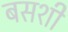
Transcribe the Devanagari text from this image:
बसशी